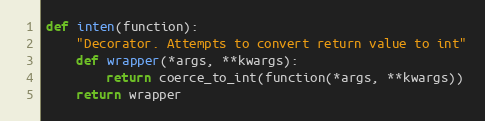
Language: Python
def inten(function):
    "Decorator. Attempts to convert return value to int"
    def wrapper(*args, **kwargs):
        return coerce_to_int(function(*args, **kwargs))
    return wrapper